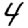
Digit: 4